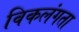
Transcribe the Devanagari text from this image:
विकलंगता